Vaccination in Bombay 1869-1873 - 1869-1873
Year: 1869
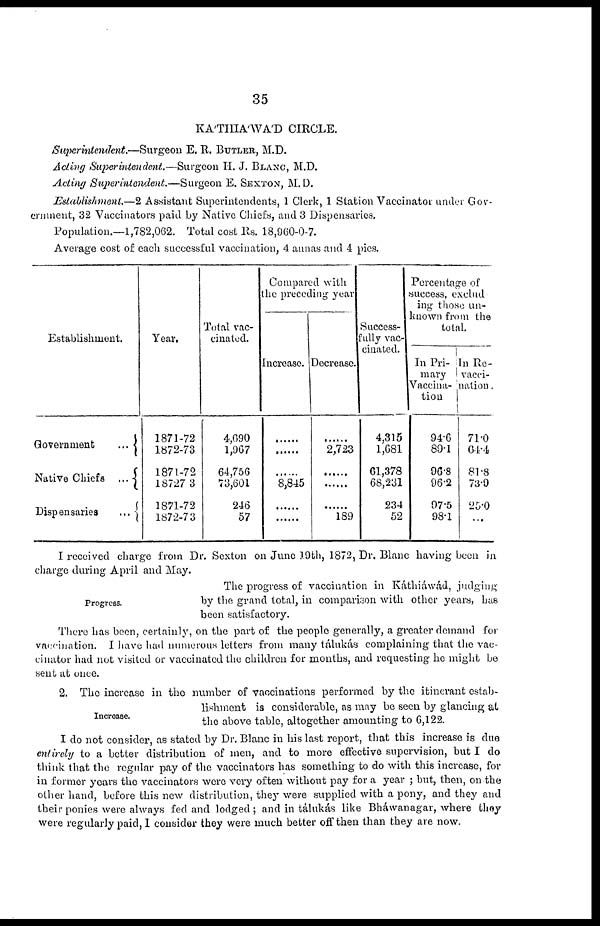
35
KA'THIA'WA'D CIRCLE.
Superintendent.—Surgeon E. R. BUTLER, M.D.
Acting Superintendent.—Surgeon H. J. BLANC, M.D.
Acting Superintendent.—Surgeon E. SEXTON, M.D.
Establishment.—2 Assistant Superintendents, 1 Clerk, 1 Station Vaccinator under Gov-
ernment, 32 Vaccinators paid by Native Chiefs, and 3 Dispensaries.
Population.—1,782,062. Total cost Rs. 18,960-0-7.
Average cost of each successful vaccination, 4 annas and 4 pies.
Establishment.
Government
...
Native Chiefs ...
Dispensaries
Year.
1871-72
1872-73
1871-72
1872-73
1871-72
1872-73
Total vac-
cinated.
4,690
1,967
64,756
73,601
246
57
Compared with
the preceding year
Increase.
......
......
......
8,845
......
......
Decrease.
......
2,723
......
......
......
189
Success-
fully vac-
cinated.
4,315
1,681
61,378
68,231
234
52
Percentage of
success, exclud
ing those un-
known from the
total.
In Pri-
mary
Vaccina-
tion
94.6
89.1
96.8
96.2
97.5
98.1
In Re-
vacci-
nation.
71.0
64.4
81.8
73.9
25.0
...
I received charge from Dr. Sexton on June 19th, 1872, Dr. Blanc having been in
charge during April and May.
Progress.
The progress of vaccination in Káthiáwád, judging
by the grand total, in comparison with other years, has
been satisfactory.
There has been, certainly, on the part of the people generally, a greater demand for
vaccination. I have had numerous letters from many tálukás complaining that the vac-
cinator had not visited or vaccinated the children for months, and requesting he might be
sent at once.
Increase.
2. The increase in the number of vaccinations performed by the itinerant estab-
lishment is considerable, as may be seen by glancing at
the above table, altogether amounting to 6,122.
I do not consider, as stated by Dr. Blanc in his last report, that this increase is due
entirely to a better distribution of men, and to more effective supervision, but I do
think that the regular pay of the vaccinators has something to do with this increase, for
in former years the vaccinators were very often without pay for a year ; but, then, on the
other hand, before this new distribution, they were supplied with a pony, and they and
their ponies were always fed and lodged ; and in tálukás like Bháwanagar, where they
were regularly paid, I consider they were much better off then than they are now.